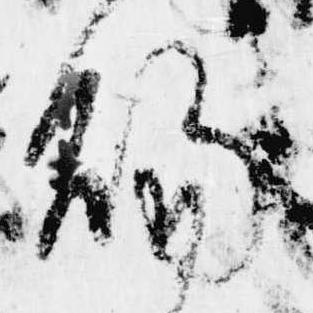
賜